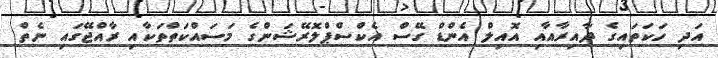
އަދި ހަކަތައިގެ ދާއިރާއާއި އޮއިލް އެންޑް ގޭސް އެކްސްޕްލޮރޭޝަންގެ މަސައްކަތްތަކާއި ރާއްޖޭގައި ނެތް